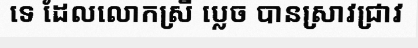
ទេ ដែលលោកស្រី ប្លេច បានស្រាវជ្រាវ